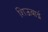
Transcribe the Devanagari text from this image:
शिऊबाई